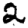
Digit: 2